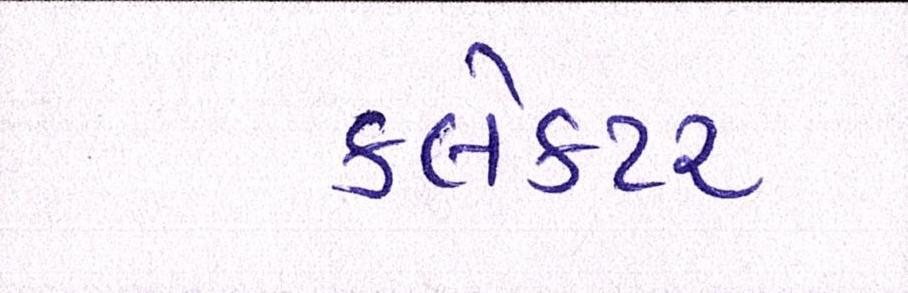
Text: ક્લેક્ટર